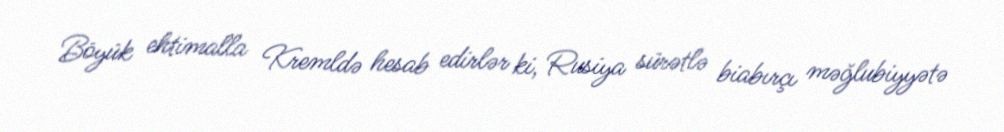
Böyük ehtimalla Kremldə hesab edirlər ki, Rusiya sürətlə biabırçı məğlubiyyətə